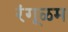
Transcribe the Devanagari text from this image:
रंगूळम